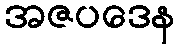
အဇပဒေန